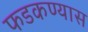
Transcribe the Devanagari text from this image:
फडकण्यास